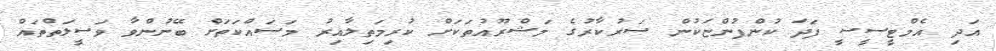
އަދި އެމްޓީސީސީ ފަދަ ކުންފުންޏަކުން ސަރުކާރުގެ މަޝްރޫއުތަކަށް ކުރިމަތިލާއިރު މަސައްކަތަށް ބޭނުންވާ ވަސީލަތްތައް